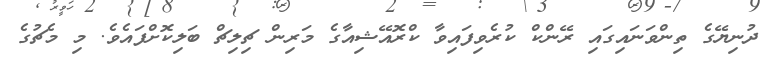
ދުނިޔޭގެ ތިންވަނައިގައި ރޭންކް ކުރެވިފައިވާ ކްރޮއޭޝިއާގެ މަރިން ޗިލިޗް ބަލިކޮށްފައެވެ. މި މެޗުގެ